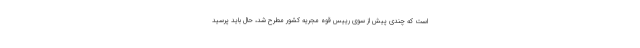
است که چندی پیش از سوی رییس قوه مجریه کشور مطرح شد، حال باید پرسید